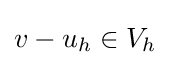
v-u_{h}\in V_{h}